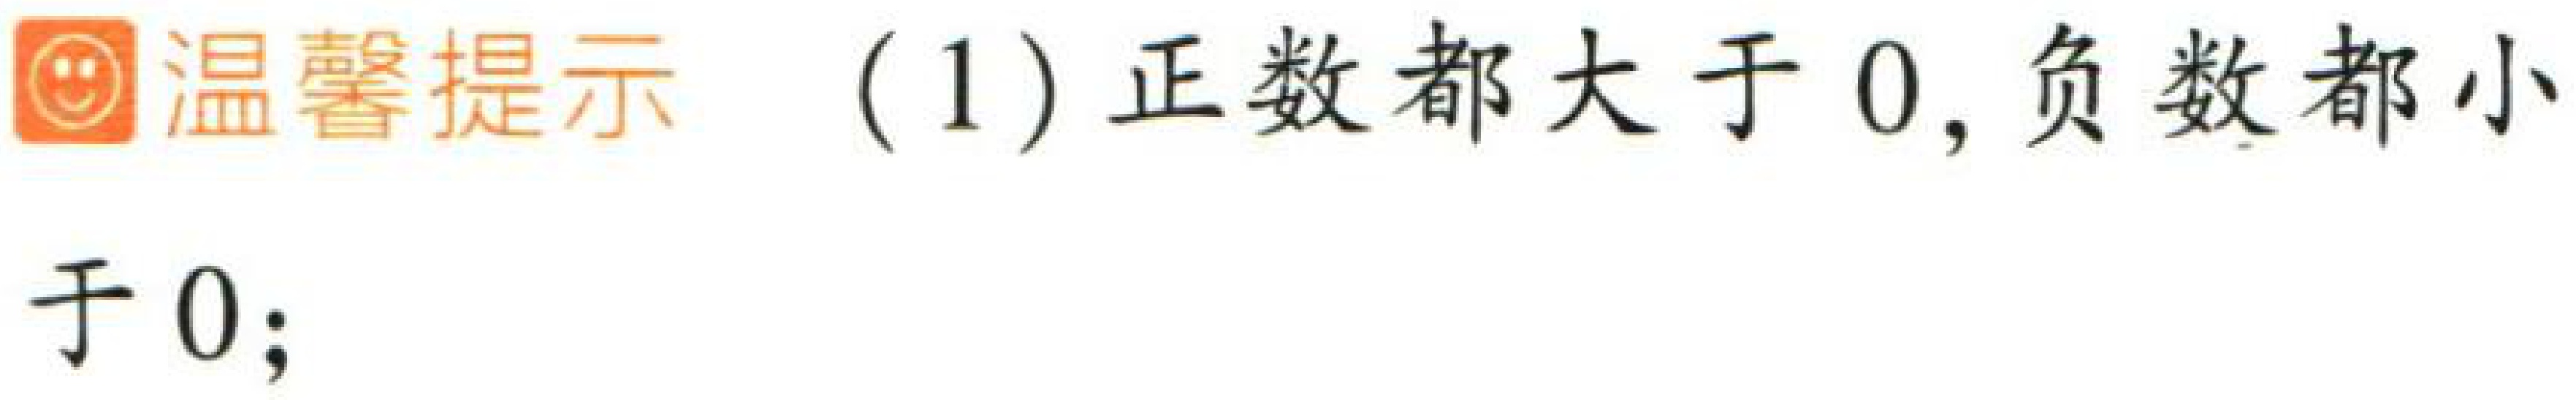
温馨提示  (1) 正数都大于 0, 负数都小于 0;